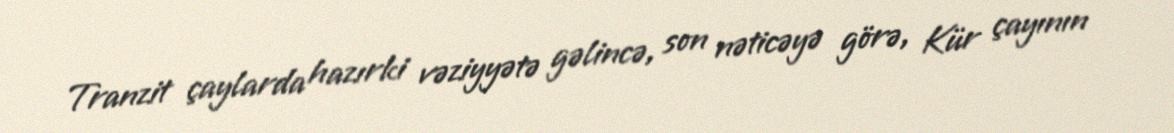
Tranzit çaylarda hazırki vəziyyətə gəlincə, son nəticəyə görə, Kür çayının